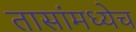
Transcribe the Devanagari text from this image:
तासांमध्येच